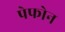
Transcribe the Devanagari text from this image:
पेफोन